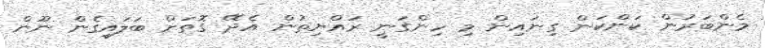
މެންބަރުން ކަންކަން ގިނައިން މި ހިންގަނީ ރައްޔިތުން އެދޭ ގޮތަށް ބަލައިގެން ނޫން